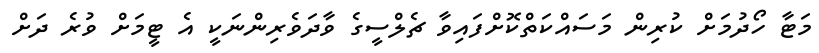
މަޓާ ހޯދުމަށް ކުރިން މަސައްކަތްކޮށްފައިވާ ޗެލްސީގެ ވާދަވެރިންނަކީ އެ ޓީމަށް ވުރެ ދަށް